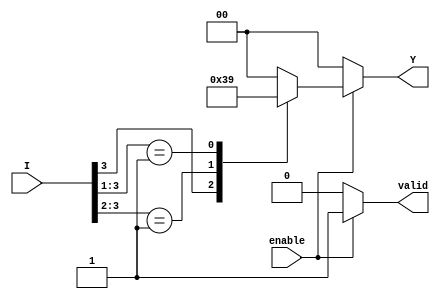
module encoder_4to2 (
    input wire [3:0] I,      // 4 input lines
    input wire enable,       // Enable signal
    output reg [1:0] Y,      // 2 output lines
    output reg valid         // Output valid signal
);
    
    always @(*) begin
        if (!enable) begin
            Y = 2'b00;        // Output when disabled
            valid = 1'b0;     // Invalid output
        end else begin
            valid = 1'b1;     // Valid output when enabled
            casez (I)         // Use casez to handle don't care conditions
                4'b1??? : Y = 2'b11; // I3 is active
                4'b01?? : Y = 2'b10; // I2 is active
                4'b001? : Y = 2'b01; // I1 is active
                4'b0001 : Y = 2'b00; // I0 is active
                default : Y = 2'b00; // No active inputs
            endcase
        end
    end

endmodule